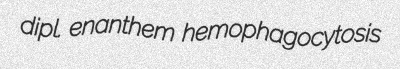
dipl. enanthem hemophagocytosis